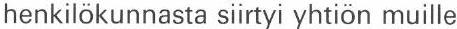
henkilökunnasta siirtyi yhtiön muille